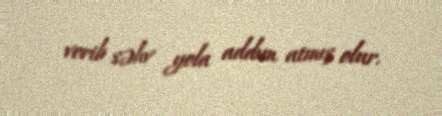
verib səhv yola addım atmış olur.